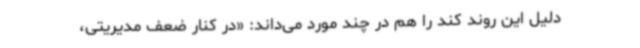
دلیل این روند کند را هم در چند مورد می‌داند: «در کنار ضعف مدیریتی،